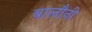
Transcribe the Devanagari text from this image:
बालौनी